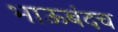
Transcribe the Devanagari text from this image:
भाऊबंदच